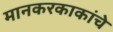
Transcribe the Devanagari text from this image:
मानकरकाकांचे